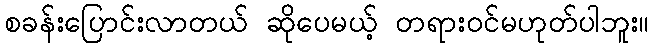
စခန်းပြောင်းလာတယ် ဆိုပေမယ့် တရားဝင်မဟုတ်ပါဘူး။